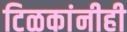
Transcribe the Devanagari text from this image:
टिळकांनीही